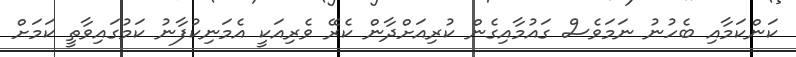
ކަންކަމާއި ބެހުނު ނަމަވެސް ގައުމާއިގެން ކުރިއަށްދާން ކެރޭ ވެރިއަކީ އެމަނިކުފާނު ކަމުގައިވާތީ ކަމަށް